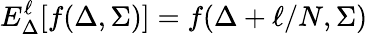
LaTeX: E_{\Delta}^{\ell}[f(\Delta,\Sigma)]=f(\Delta+\ell/N,\Sigma)